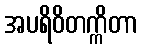
အပရိဝိတက္ကိတာ